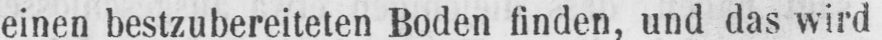
einen bestzubereiteten Boden finden, und das wird